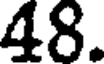
48.